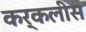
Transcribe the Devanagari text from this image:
कर्कलीस